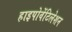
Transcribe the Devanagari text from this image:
हाइपोवेंटिलेशन